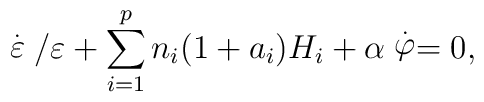
\stackrel{.}{\varepsilon }/\varepsilon +\sum_{i=1}^pn_i(1+a_i)H_i+\alpha \stackrel{.}{\varphi }=0,